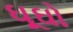
ઘૂઘો